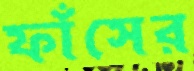
ফাঁসের